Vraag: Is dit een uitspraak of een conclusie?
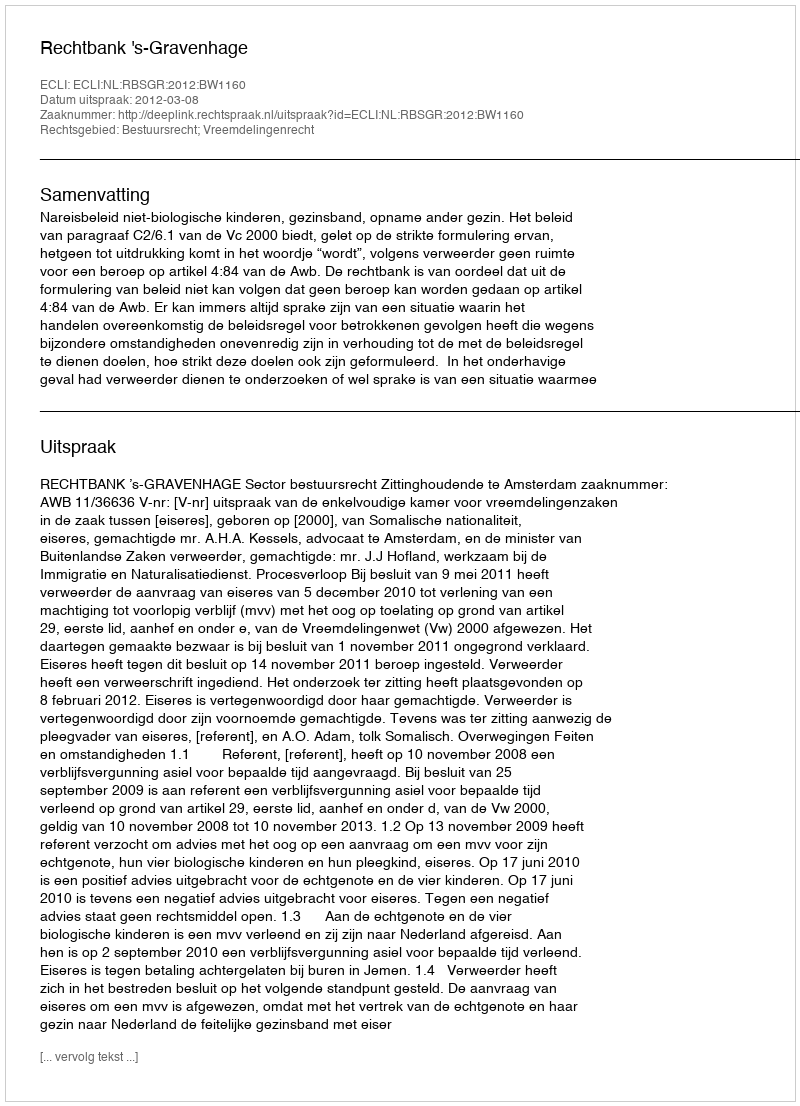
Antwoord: Uitspraak